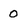
Character: O